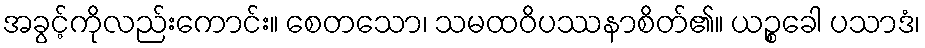
အခွင့်ကိုလည်းကောင်း။ စေတသော၊ သမထဝိပဿနာစိတ်၏။ ယဉ္စခေါ ပသာဒံ၊